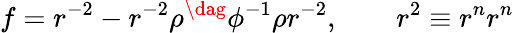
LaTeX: f=r^{-2}-r^{-2}\rho^{\dag}\phi^{-1}\rho r^{-2},\qquad r^{2}\equiv r^{n}r^{n}